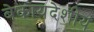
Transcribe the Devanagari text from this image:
बेकायदेशीय